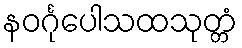
နဝင်္ဂုပေါသထသုတ္တံ